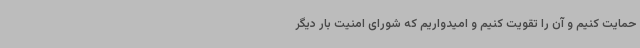
حمایت کنیم و آن را تقویت کنیم و امیدواریم که شورای امنیت بار دیگر